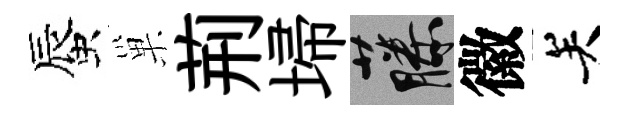
蜃巢荊埽藤徽关